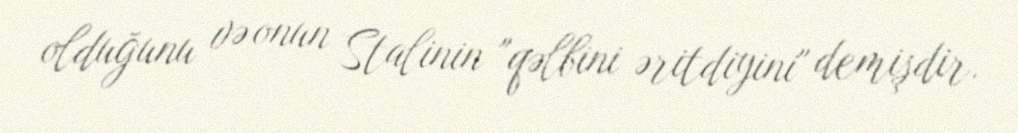
olduğunu və onun Stalinin "qəlbini əritdiyini" demişdir.